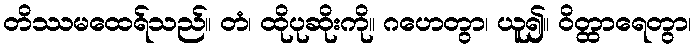
တိဿမထေရ်သည်။ တံ၊ ထိုပုဆိုးကို။ ဂဟေတွာ၊ ယူ၍။ ဝိတ္ထာရေတွာ၊